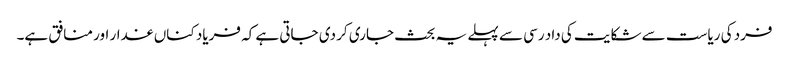
فرد کی ریاست سے شکایت کی داد رسی سے پہلے یہ بحث جاری کر دی جاتی ہے کہ فریاد کناں غدار اور منافق ہے۔